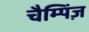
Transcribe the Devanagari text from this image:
चैम्पिंज़